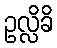
ဥလ္လိခိ